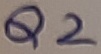
Text: Q2